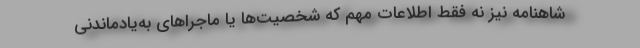
شاهنامه نیز نه فقط اطلاعات مهم که شخصیت‌ها یا ماجراهای به‌یادماندنی